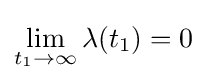
\lim _{t_{1}\to \infty }\mathbf {\lambda } (t_{1})=0